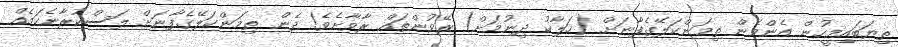
ތިޔަބައިމީހުން އެންމެން ތިމަންކަލޭގެފާނަށް (ހަލާކު ދިނުމަށް) ރޭވުންތައް ރާވާށެވެ! ދެން ތިމަންކަލޭގެފާނަށް ލަސްކުރާނެކަމެއް